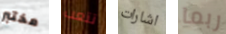
مختبر تتعب اشارات ربما